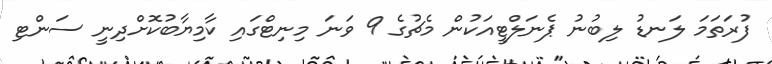
ފުރަތަމަ ލަނޑު ލިބުނު ޕެނަލްޓީއަކުން މެޗުގެ 9 ވަނަ މިނިޓްގައި ކާމިޔާބުކޮށްދިނީ ސަންޓި